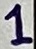
Text: 1